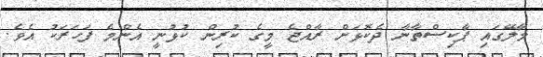
މާލޭގައި ޕާކިސްތާނާ ދެކޮޅަށް ރާއްޖެ މީގެ ކުރިން ކުޅުނީ އެންމެ ފަހަރަކު އެވެ.